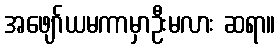
အဖျော်ယမကာမှာဦးမလား ဆရာ။